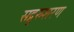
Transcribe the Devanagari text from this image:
सद्गुरुशरण